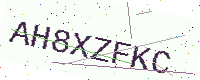
Text: AH8XZFKC